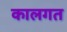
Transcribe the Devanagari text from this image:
कालगत